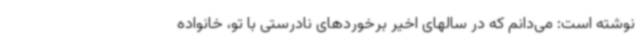
نوشته است: می‌دانم که در سالهای اخیر برخوردهای نادرستی با تو، خانواده